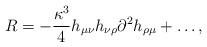
\begin{align*}R=-\frac{\kappa^3}4h_{\mu\nu}h_{\nu\rho}\partial^2h_{\rho\mu}+\ldots,\end{align*}